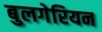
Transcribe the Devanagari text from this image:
बुलगेरियन